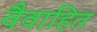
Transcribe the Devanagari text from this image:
वैवाहित